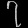
Digit: ၇